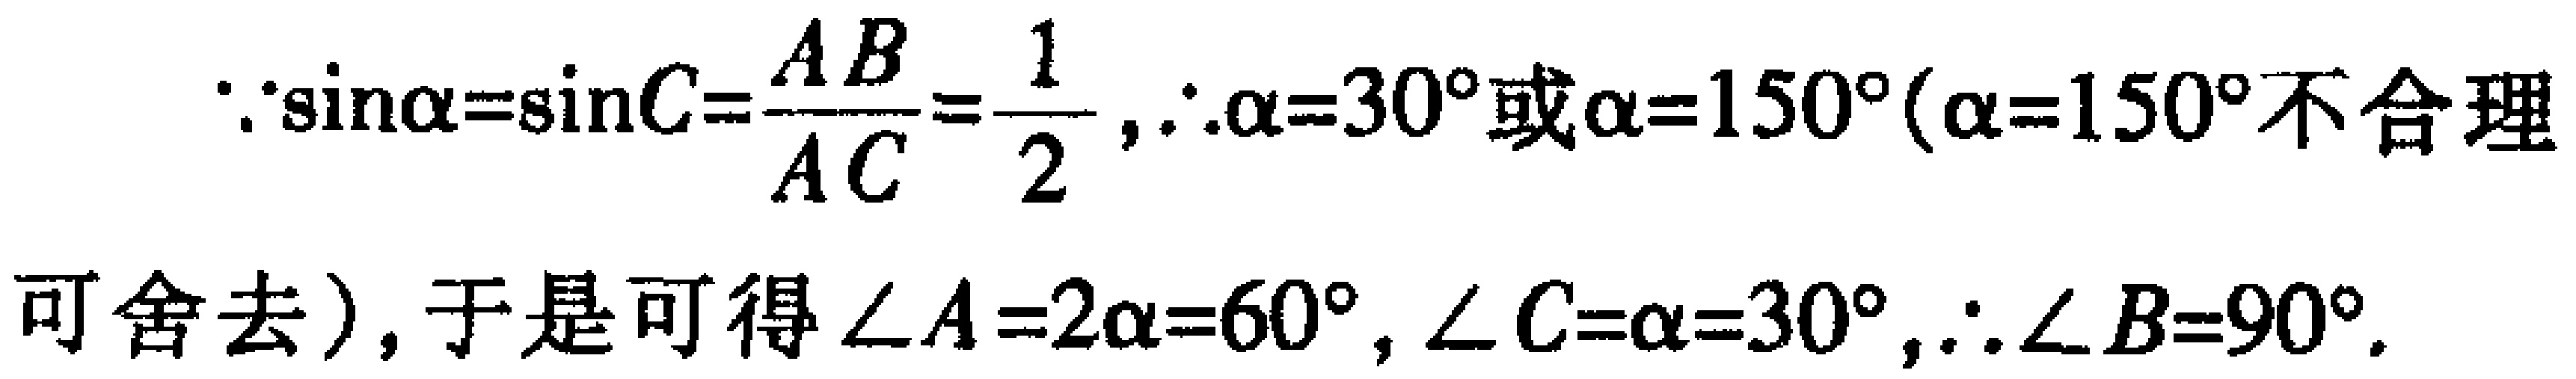
\(\because\sin\alpha=\sin C=\frac{AB}{AC}=\frac{1}{2},\therefore\alpha = 30^{\circ}\text{或}\alpha = 150^{\circ}(\alpha = 150^{\circ}\text{不合理}\)

\(\text{可舍去}),\text{于是可得}\angle A = 2\alpha = 60^{\circ},\angle C=\alpha = 30^{\circ},\therefore\angle B = 90^{\circ}.\)